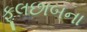
ફૂલછાબના